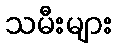
သမီးများ